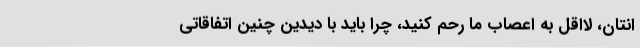
انتان، لااقل به اعصاب ما رحم کنید، چرا باید با دیدین چنین اتفاقاتی